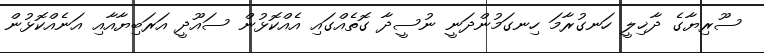
ސޫރިޔާގެ ދާޚިލީ ހަނގުރާމަ ހިނގަމުންދަނީ ނުސީދާ ގޮތެއްގައި އެއްކޮޅުން ސައޫދީ އަރަބިޔާއާއި އަނެއްކޮޅުން